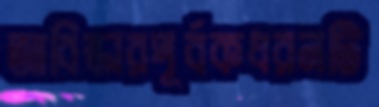
আবিষ্কারপূর্বকধরনটি